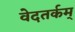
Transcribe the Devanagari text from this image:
वेदतर्कम्